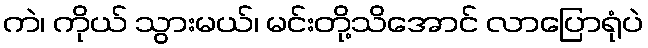
ကဲ၊ ကိုယ် သွားမယ်၊ မင်းတို့သိအောင် လာပြောရုံပဲ